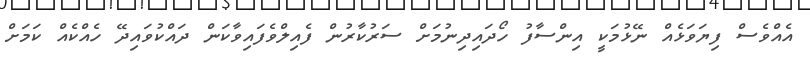
އެއްވެސް ފިޔަވަޅެއް ނޭޅުމަކީ އިންސާފު ހޯދައިދިނުމަށް ސަރުކާރުން ފެއިލްވެފައިވާކަން ދައްކުވައިދޭ ހެއްކެއް ކަމަށް